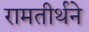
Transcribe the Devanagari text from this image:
रामतीर्थने